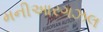
મનીઆરગઝલ